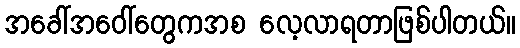
အခေါ်အဝေါ်တွေကအစ လေ့လာရတာဖြစ်ပါတယ်။